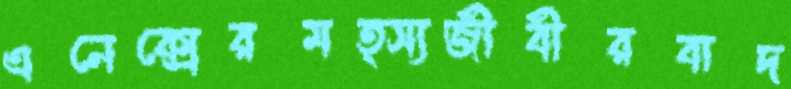
এনেক্সেরমত্স্যজীবীরবাদ